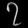
Digit: ၇